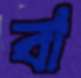
বা